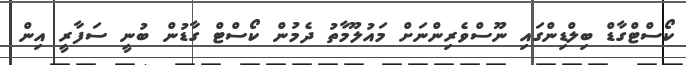
ކޯސްޓްގާޑް ބިލްޑިންގައި ނޫސްވެރިންނަށް މައުލޫމާތު ދެމުން ކޯސްޓް ގާޑުން ބުނީ ސަފާރީ އިން